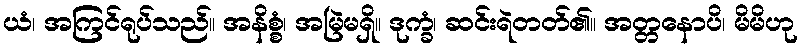
ယံ၊ အကြင်ရုပ်သည်။ အနိစ္စံ၊ အမြဲမရှိ။ ဒုက္ခံ၊ ဆင်းရဲတတ်၏။ အတ္တနောပိ၊ မိမိဟု